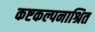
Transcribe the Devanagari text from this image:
कष्टकल्पनाश्रित